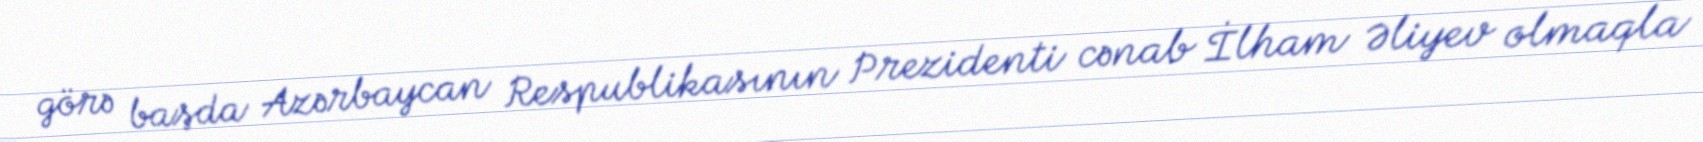
görə başda Azərbaycan Respublikasının Prezidenti cənab İlham Əliyev olmaqla